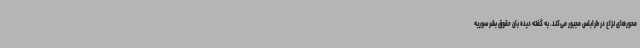
محورهای نزاع در طرابلس مجبور می‌کند. به گفته دیده بان حقوق بشر سوریه